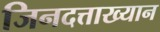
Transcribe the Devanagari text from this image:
जिनदत्ताख्यान